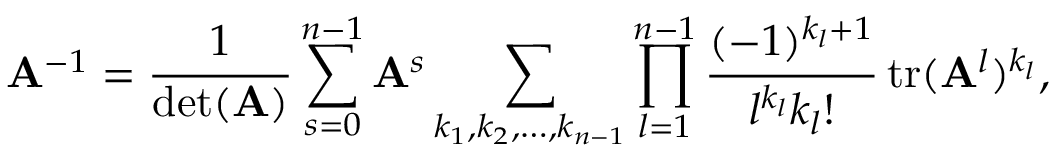
\mathbf { A } ^ { - 1 } = { \frac { 1 } { \operatorname* { d e t } ( \mathbf { A } ) } } \sum _ { s = 0 } ^ { n - 1 } \mathbf { A } ^ { s } \sum _ { k _ { 1 } , k _ { 2 } , \ldots , k _ { n - 1 } } \prod _ { l = 1 } ^ { n - 1 } { \frac { ( - 1 ) ^ { k _ { l } + 1 } } { l ^ { k _ { l } } k _ { l } ! } } \operatorname { t r } ( \mathbf { A } ^ { l } ) ^ { k _ { l } } ,